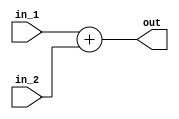
`timescale 1ns / 1ps
//////////////////////////////////////////////////////////////////////////////////
// Company: 
// Engineer: 
// 
// Design Name: 
// Module Name:    Add 
// Project Name: 
// Target Devices: 
// Tool versions: 
// Description: 
//
// Dependencies: 
//
// Revision: 
// Revision 0.01 - File Created
// Additional Comments: 
//
//////////////////////////////////////////////////////////////////////////////////
module Add(
    input [31:0] in_1,
    input [31:0] in_2,
    output [31:0] out
    );

	assign out = in_1 + in_2;
	
endmodule